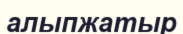
алыпжатыр